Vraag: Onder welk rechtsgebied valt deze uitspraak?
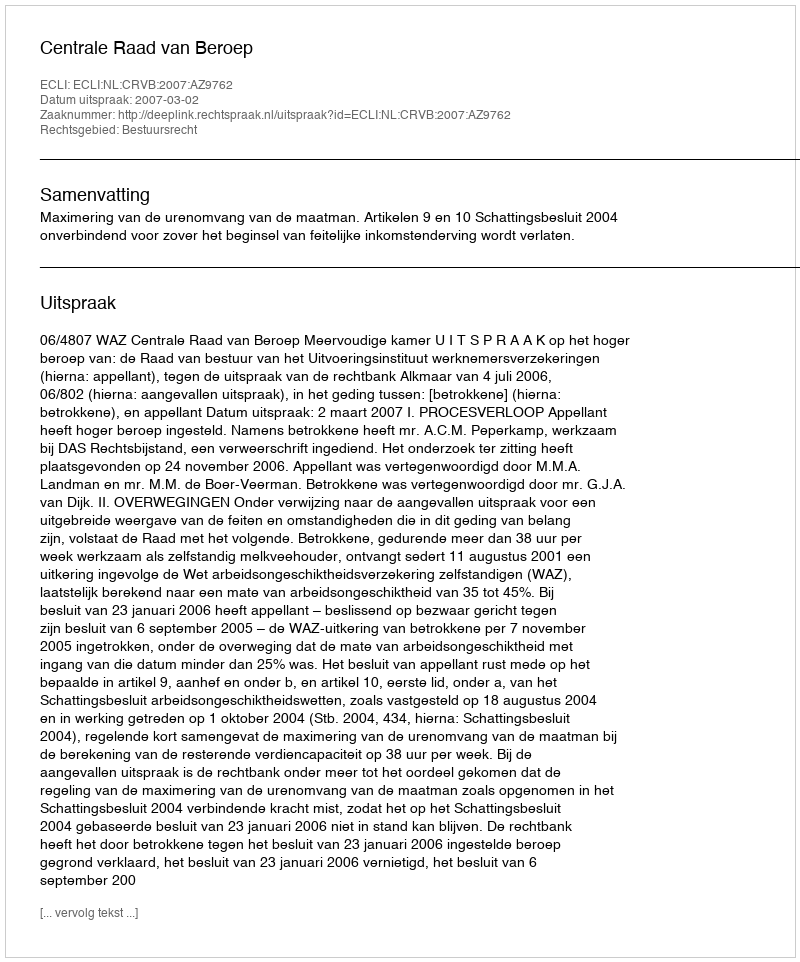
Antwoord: Bestuursrecht